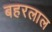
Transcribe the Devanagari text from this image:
बहरलाल